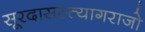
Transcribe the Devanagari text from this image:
सूरदासस्त्यागराजो